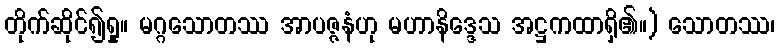
တိုက်ဆိုင်၍ရှု။ မဂ္ဂသောတဿ အာပဇ္ဇနံဟု မဟာနိဒ္ဒေသ အဋ္ဌကထာရှိ၏။) သောတဿ၊